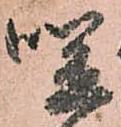
咲